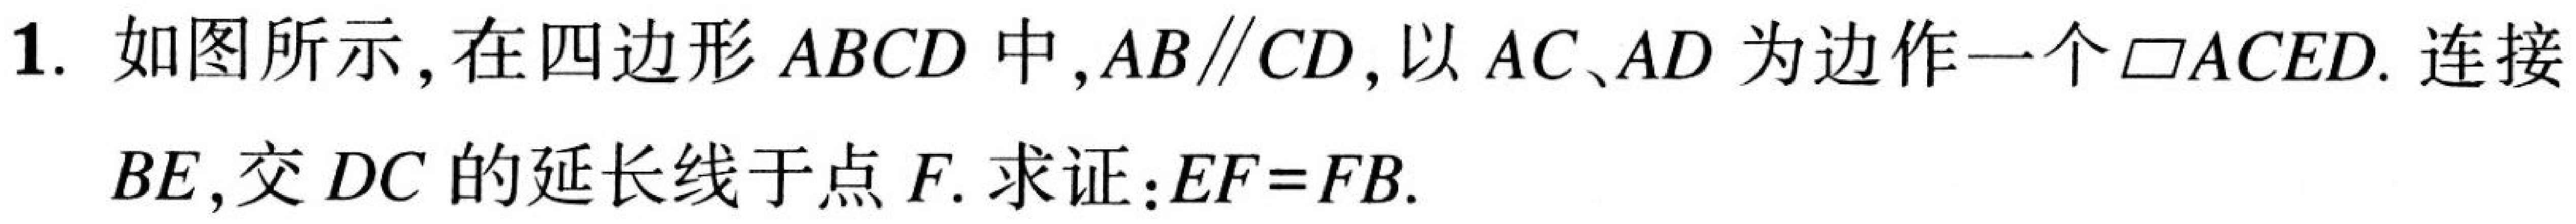
1. 如图所示, 在四边形$ABCD$中,$AB\parallel CD$, 以$AC、AD$为边作一个$\square ACED$. 连接
$BE$, 交$DC$的延长线于点$F.$ 求证:$EF = FB.$